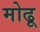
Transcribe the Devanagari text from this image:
मोढू